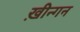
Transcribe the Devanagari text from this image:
ख़ीन्गन